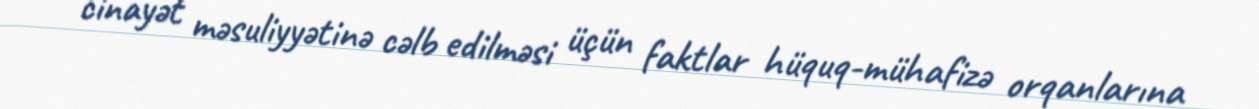
cinayət məsuliyyətinə cəlb edilməsi üçün faktlar hüquq-mühafizə orqanlarına